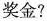
奖金?